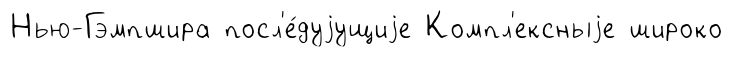
Нью-Гэмпшира посл'е́дуjущиjе Компл'ексныjе широко